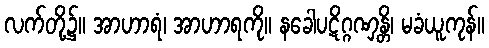
လက်တို့၌။ အာဟာရံ၊ အာဟာရကို။ နခေါပဋိဂ္ဂဏှန္တိ၊ မခံယူကုန်။